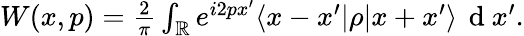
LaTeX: \begin{array}{r}{W(x,p)=\frac{2}{\pi}\int_{\mathbb{R}}e^{i2px^{\prime}}\langle x-x^{\prime}|\rho|x+x^{\prime}\rangle\, \mathrm{~d~}x^{\prime}.}\end{array}